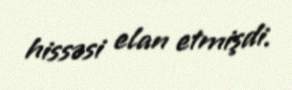
hissəsi elan etmişdi.